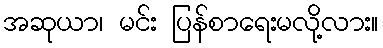
အဆုယာ၊ မင်း ပြန်စာရေးမလို့လား။